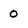
Character: 0